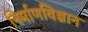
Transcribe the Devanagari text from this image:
निर्माणविज्ञान